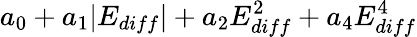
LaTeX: a_{0}+a_{1}|E_{diff}|+a_{2}E_{diff}^{2}+a_{4}E_{diff}^{4}